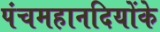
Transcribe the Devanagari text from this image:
पंचमहानदियोंके